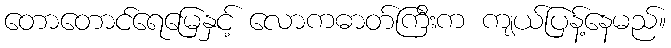
တောတောင်ရေမြေနှင့် လောကဓာတ်ကြီးက ကျယ်ပြန့်နေမည်။